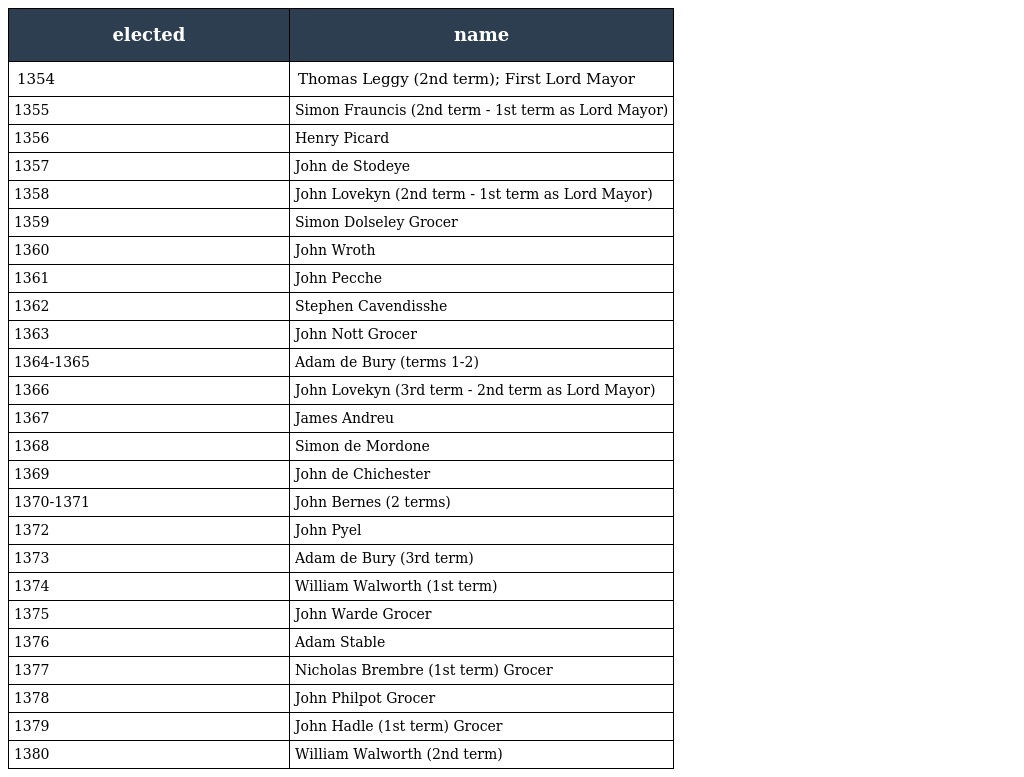
| elected | name |
 | --- | --- |
 | 1354 | Thomas Leggy (2nd term); First Lord Mayor |
 | 1355 | Simon Frauncis (2nd term - 1st term as Lord Mayor) |
 | 1356 | Henry Picard |
 | 1357 | John de Stodeye |
 | 1358 | John Lovekyn (2nd term - 1st term as Lord Mayor) |
 | 1359 | Simon Dolseley Grocer |
 | 1360 | John Wroth |
 | 1361 | John Pecche |
 | 1362 | Stephen Cavendisshe |
 | 1363 | John Nott Grocer |
 | 1364-1365 | Adam de Bury (terms 1-2) |
 | 1366 | John Lovekyn (3rd term - 2nd term as Lord Mayor) |
 | 1367 | James Andreu |
 | 1368 | Simon de Mordone |
 | 1369 | John de Chichester |
 | 1370-1371 | John Bernes (2 terms) |
 | 1372 | John Pyel |
 | 1373 | Adam de Bury (3rd term) |
 | 1374 | William Walworth (1st term) |
 | 1375 | John Warde Grocer |
 | 1376 | Adam Stable |
 | 1377 | Nicholas Brembre (1st term) Grocer |
 | 1378 | John Philpot Grocer |
 | 1379 | John Hadle (1st term) Grocer |
 | 1380 | William Walworth (2nd term) |